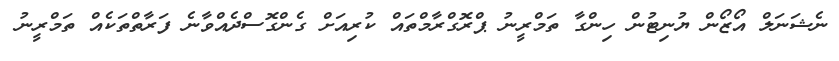
ނެޝަނަލް އޯޒޯން ޔުނިޓުން ހިންގާ ތަމްރީނު ޕްރޮގްރާމްތައް ކުރިއަށް ގެންގޮސްދެއްވާނެ ފަރާތްތަކެއް ތަމްރީނު